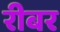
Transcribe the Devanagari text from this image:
रीबर